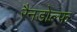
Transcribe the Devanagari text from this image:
रैनडोल्फ